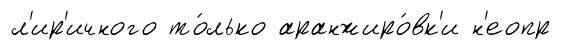
л'ир'ичного то́лько аранжиро́вк'и н'еопр